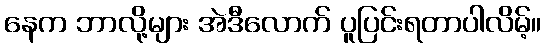
နေက ဘာလို့များ အဲဒီလောက် ပူပြင်းရတာပါလိမ့်။